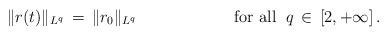
LaTeX: \begin{align*} \|r(t)\|_{L^q}\,=\,\|r_0\|_{L^q}\qquad\qquad\qquad\mbox{for all }\;q\,\in\,[2,+\infty]\,.\end{align*}